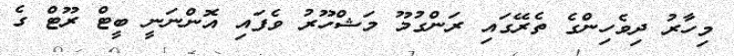
މިހާރު ދިވެހިންގެ ތެރޭގައި ރަންގުމޫ މަޝްހޫރު ވެފައި އޮންނަނީ ބީޓް ރޫޓް ގެ